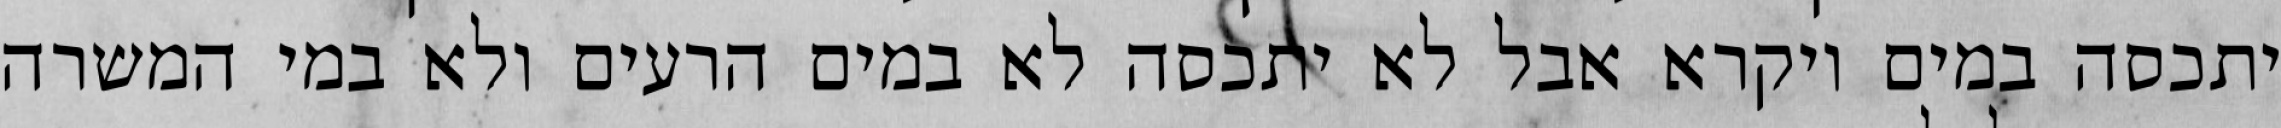
יתכסה במים ויקרא אבל לא יתכסה לא במים הרעים ולא במי המשרה